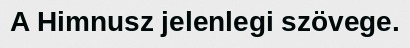
A Himnusz jelenlegi szövege.